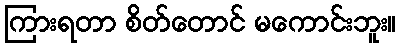
ကြားရတာ စိတ်တောင် မကောင်းဘူး။